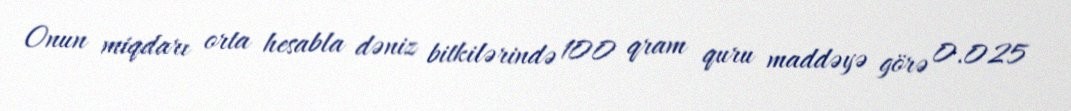
Onun miqdarı orta hesabla dəniz bitkilərində 100 qram quru maddəyə görə 0.025